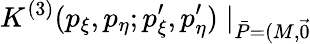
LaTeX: K^{(3)}(p_{\xi},p_{\eta};p_{\xi}^{\prime},p_{\eta}^{\prime})\mid_{\bar{P}=(M,\vec{0})}\! \!